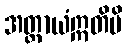
အတ္ထာယံဣတိပိ